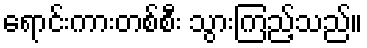
ရောင်းကားတစ်စီး သွားကြည့်သည်။